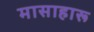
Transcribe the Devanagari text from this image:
मासाहारू